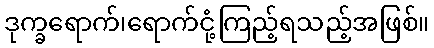
ဒုက္ခရောက်၊ရောက်ငုံ့ကြည့်ရသည့်အဖြစ်။